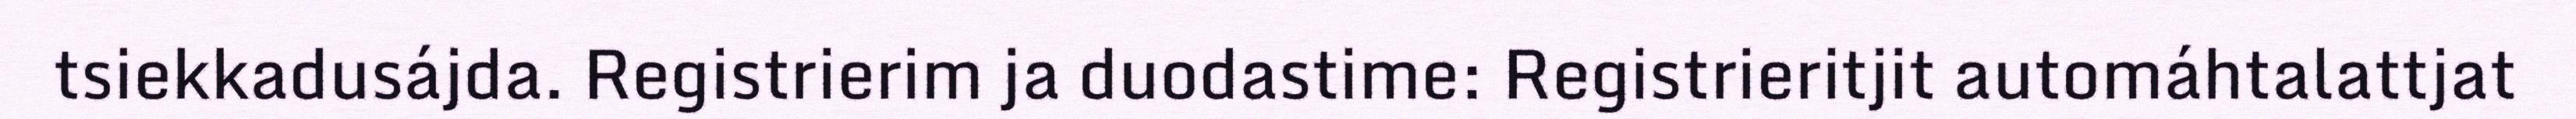
tsiekkadusájda. Registrierim ja duodastime: Registrieritjit automáhtalattjat